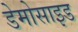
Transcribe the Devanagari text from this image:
डेमोसाइड